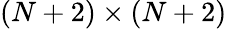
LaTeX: (N+2)\times(N+2)